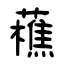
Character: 藮